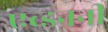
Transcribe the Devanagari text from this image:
एब्डननीं